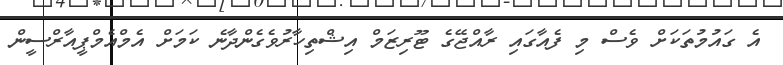
އެ ގައުމުތަކަށް ވެސް މި ފެއާގައި ރާއްޖޭގެ ޓޫރިޒަމް އިޝްތިހާރުވެގެންދާނެ ކަމަށް އެމްއެމްޕީއާރްސީން